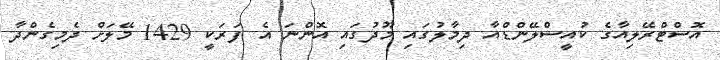
އޮސްޓްރޭލިއާގެ ކުއީސްލޭންޑްއާ ދިމާލުގައި މޫދުގައި އޮންނަ އެ ފަރަކީ 1429 މޭލަށް ދެމިގެންދާ